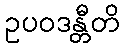
ဥပဝဒန္တီတိ